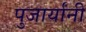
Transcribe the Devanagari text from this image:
पुजार्यांनी